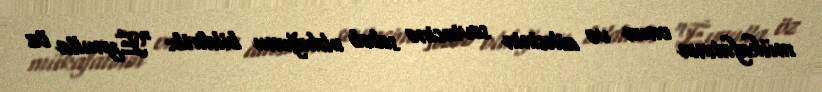
mükafatının onun və ailəsinin sevincinə səbəb olduğunu bildirib: “Eynulla öz